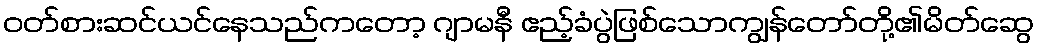
ဝတ်စားဆင်ယင်နေသည်ကတော့ ဂျာမနီ ဧည့်ခံပွဲဖြစ်သောကျွန်တော်တို့၏မိတ်ဆွေ